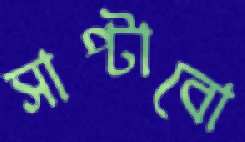
সাপ্‌টাবো